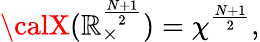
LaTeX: {\calX}(\mathbb{R}_{\times}^{\frac{{N+1}}{{2}}})={\chi}^{\frac{{N+1}}{{2}}},